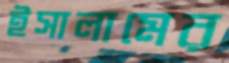
ইসালামের